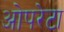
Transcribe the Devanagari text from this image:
ओपरेटा